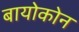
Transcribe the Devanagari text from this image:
बायोकोन